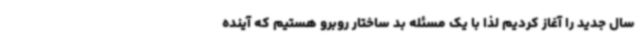
سال جدید را آغاز کردیم لذا با یک مسئله بد ساختار روبرو هستیم که آینده